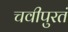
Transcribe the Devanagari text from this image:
चवीपुरतं